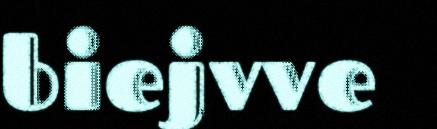
biejvve